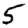
Digit: 5